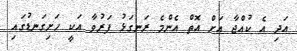
އަދި އެ ކުއްޖާ އަށް އޮތް އެންމެ ރަނގަޅު ފަރުވާ އަކީ ހަށިގަނޑުގައި